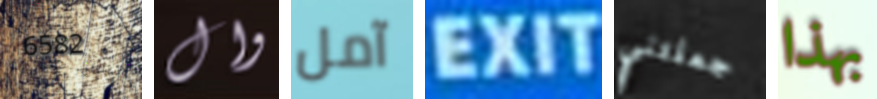
6582 وال آمل EXIT جعلتني بهذا